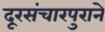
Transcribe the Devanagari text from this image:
दूरसंचारपुराने